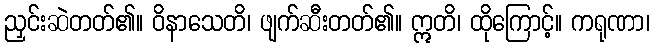
ညှင်းဆဲတတ်၏။ ဝိနာသေတိ၊ ဖျက်ဆီးတတ်၏။ ဣတိ၊ ထိုကြောင့်။ ကရုဏာ၊